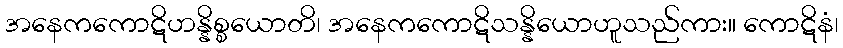
အနေကကောဋိဟန္နိစ္စယောတိ၊ အနေကကောဋိသန္နိယောဟူသည်ကား။ ကောဋိနံ၊